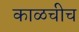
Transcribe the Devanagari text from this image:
काळचीच